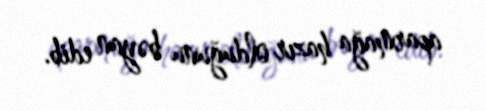
aparmağa hazır olduğunu bəyan edib.